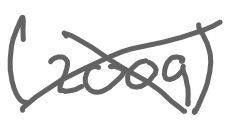
Text: (2009)
Cross-out: cross
Writing tool: digital_gray